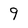
Character: 9